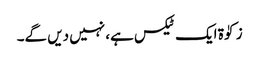
زکوٰۃ ایک ٹیکس ہے، نہیں دیں گے۔